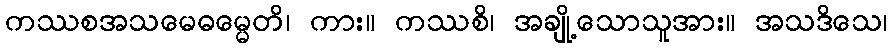
ကဿစအသမေဓမ္မေတိ၊ ကား။ ကဿစိ၊ အချို့သောသူအား။ အသဒိသေ၊